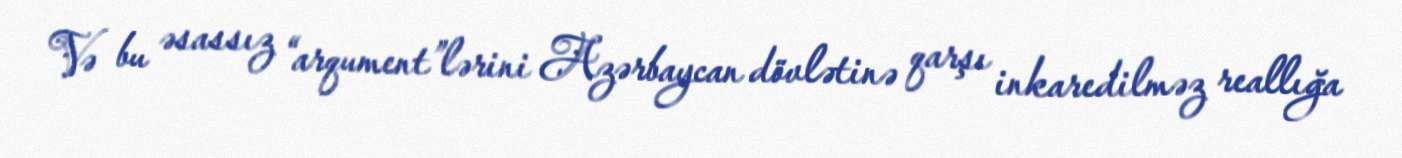
Və bu əsassız “arqument”lərini Azərbaycan dövlətinə qarşı inkaredilməz reallığa